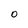
Character: O